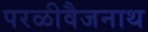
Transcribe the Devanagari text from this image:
परळीवैजनाथ